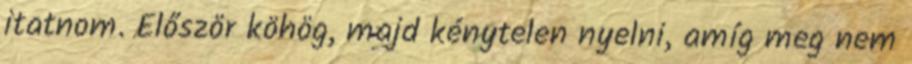
itatnom. Először köhög, majd kénytelen nyelni, amíg meg nem